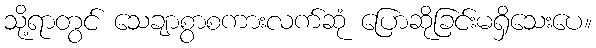
သို့ရာတွင် သေချာစွာစကားလက်ဆုံ ပြောဆိုခြင်းမရှိသေးပေ။